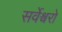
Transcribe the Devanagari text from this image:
सर्वेश्वरो